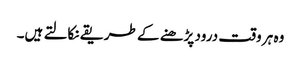
وہ ہر وقت درود پڑھنے کے طریقے نکالتے ہیں۔